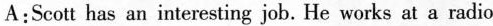
A:Scott has an interesting job. He works at a radio